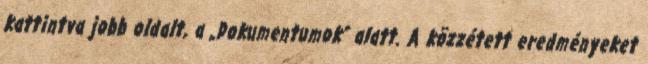
kattintva jobb oldalt, a „Dokumentumok” alatt. A közzétett eredményeket